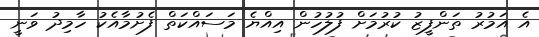
އެ އަމުރު ތަންފީޒު ކުރުމަށް ފުލުހުން އިއްޔެ މަސައްކަތް ފެށުމާއެކު ހާމިދު ވަނީ